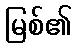
မြစ်၏